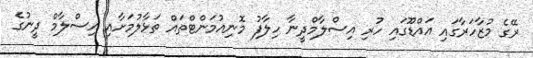
ރޭގެ މުޒާހަރާގައި އައްޑޫގައި ހުރި އިސްލާމްދީނާ ހިލާފު މޮނިއުމަންޓްތައް ތަޅާލުމަށާއި އިސްލާމް ދީނުގެ